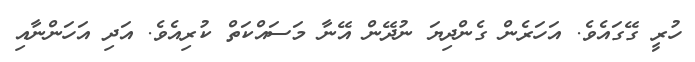
ހުރީ ގޭގައެވެ. އަހަރެން ގެންދިޔަ ނުދޭން އޭނާ މަސައްކަތް ކުރިއެވެ. އަދި އަހަންނާއި